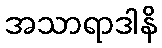
အသာရာဒါနိ